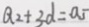
Q _ { 2 } + 3 d = a _ { 5 }